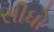
સીધો